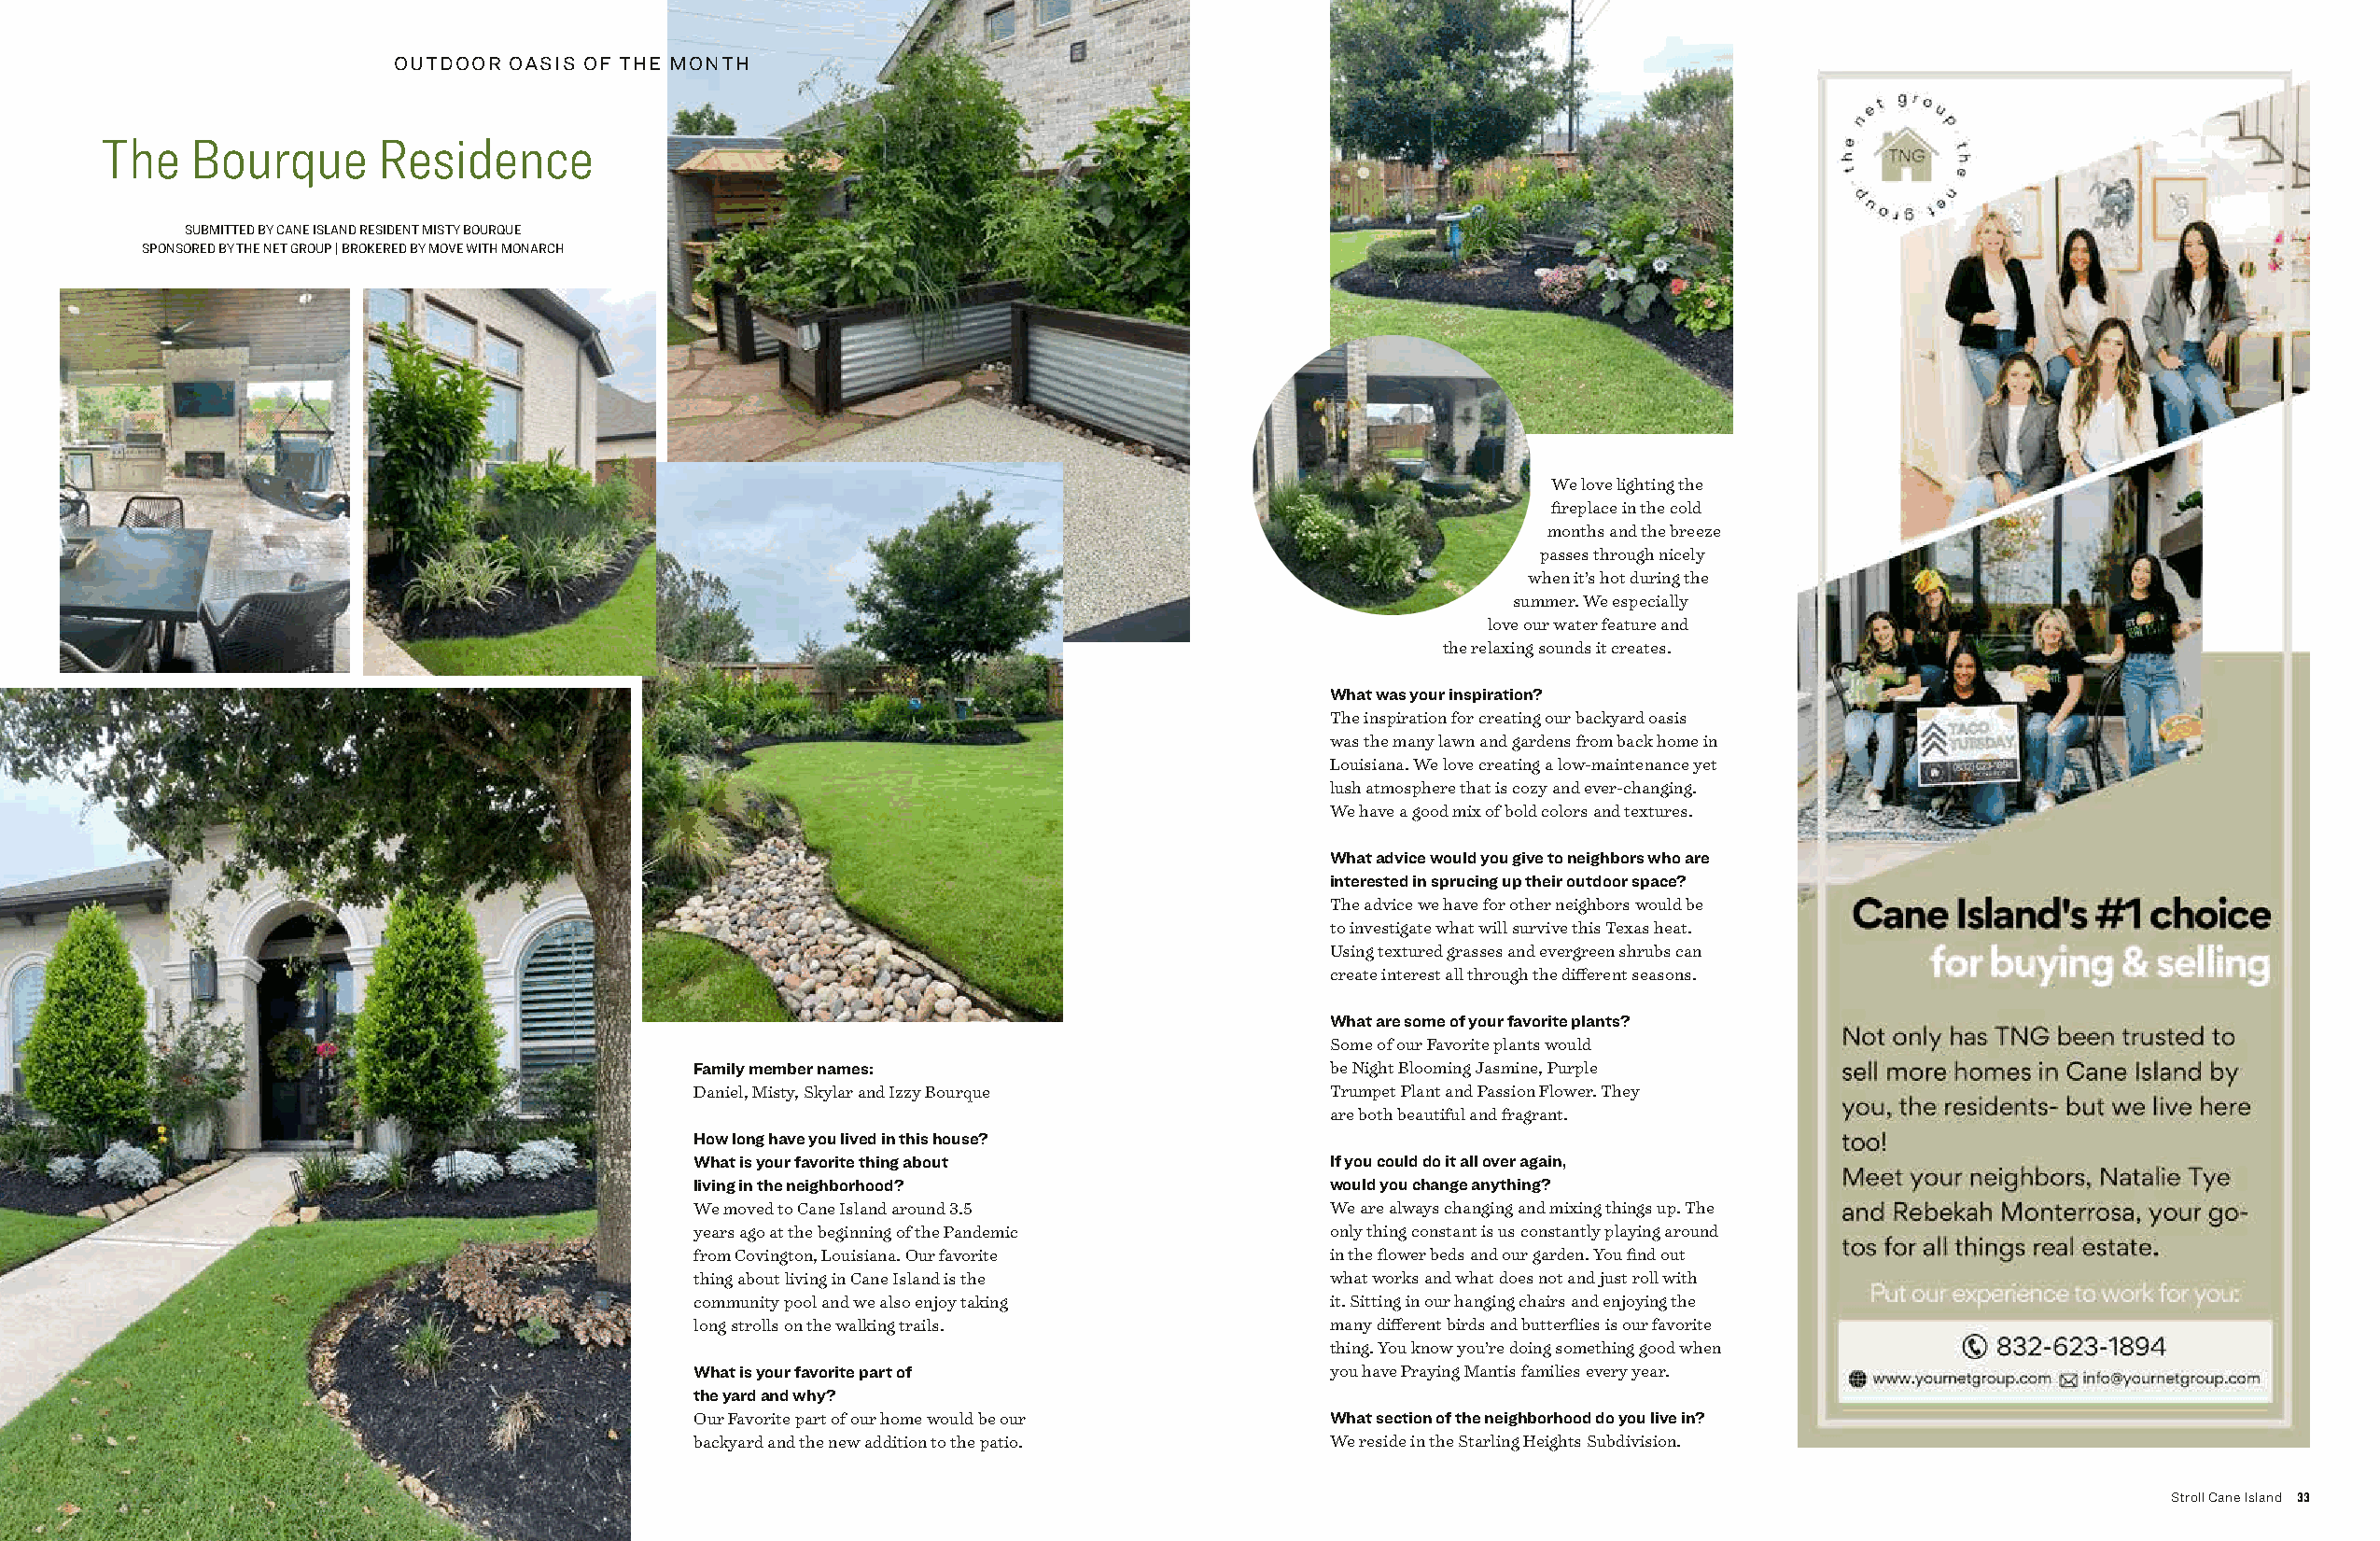
OUTDOOR OASIS OF THE MONTH
 The    Bourque      Residence
 SUBMITTED BY CANE ISLAND RESIDENT MISTY BOURQUE
 SPONSORED BY THE NET GROUP | BROKERED BY MOVE WITH MONARCH
 We love lighting the
 fireplace in the cold
 months and the breeze
 passes through nicely
 when it’s hot during the
 summer. We especially
 love our water feature and
 the relaxing sounds it creates.
 What was your inspiration?
 The inspiration for creating our backyard oasis
 was the many lawn and gardens from back home in
 Louisiana. We love creating a low-maintenance yet
 lush atmosphere that is cozy and ever-changing.
 We have a good mix of bold colors and textures.
 What advice would you give to neighbors who are
 interested in sprucing up their outdoor space?
 The advice we have for other neighbors would be
 to investigate what will survive this Texas heat.
 Using textured grasses and evergreen shrubs can
 create interest all through the different seasons.
 What are some of your favorite plants?
 Some of our Favorite plants would
 Family member names:                         be Night Blooming Jasmine, Purple
 Daniel, Misty, Skylar and Izzy Bourque       Trumpet Plant and Passion Flower. They
 are both beautiful and fragrant.
 How long have you lived in this house?
 What is your favorite thing about            If you could do it all over again,
 living in the neighborhood?                  would you change anything?
 We moved to Cane Island around 3.5           We are always changing and mixing things up. The
 years ago at the beginning of the Pandemic   only thing constant is us constantly playing around
 from Covington, Louisiana. Our favorite      in the flower beds and our garden. You find out
 thing about living in Cane Island is the     what works and what does not and just roll with
 community pool and we also enjoy taking      it. Sitting in our hanging chairs and enjoying the
 long strolls on the walking trails.          many different birds and butterflies is our favorite
 thing. You know you’re doing something good when
 What is your favorite part of                you have Praying Mantis families every year.
 the yard and why?
 Our Favorite part of our home would be our   What section of the neighborhood do you live in?
 backyard and the new addition to the patio.  We reside in the Starling Heights Subdivision.
 32 August 2023                                                                                                                                       Stroll Cane Island 33